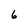
Character: 6